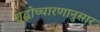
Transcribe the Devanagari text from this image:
शुद्धोच्चारणानुसार